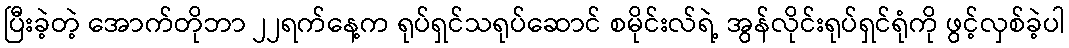
ပြီးခဲ့တဲ့ အောက်တိုဘာ ၂၂ရက်နေ့က ရုပ်ရှင်သရုပ်ဆောင် စမိုင်းလ်ရဲ့ အွန်လိုင်းရုပ်ရှင်ရုံကို ဖွင့်လှစ်ခဲ့ပါ